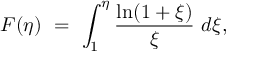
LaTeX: F ( \eta ) \ = \ \int _ { 1 } ^ { \eta } \frac { \ln ( 1 + \xi ) } \xi \ d \xi ,